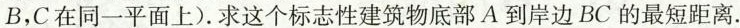
B，C在同一平面上)求这个标志性建筑物底部A到岸边BC的最短距离.